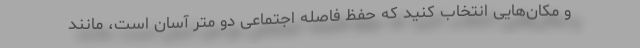
و مکان‌هایی انتخاب کنید که حفظ فاصله اجتماعی دو متر آسان است، مانند